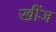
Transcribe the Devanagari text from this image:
खींज